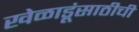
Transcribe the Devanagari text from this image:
खेळाडूंसाठीची